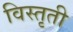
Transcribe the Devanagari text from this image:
विस्तृती